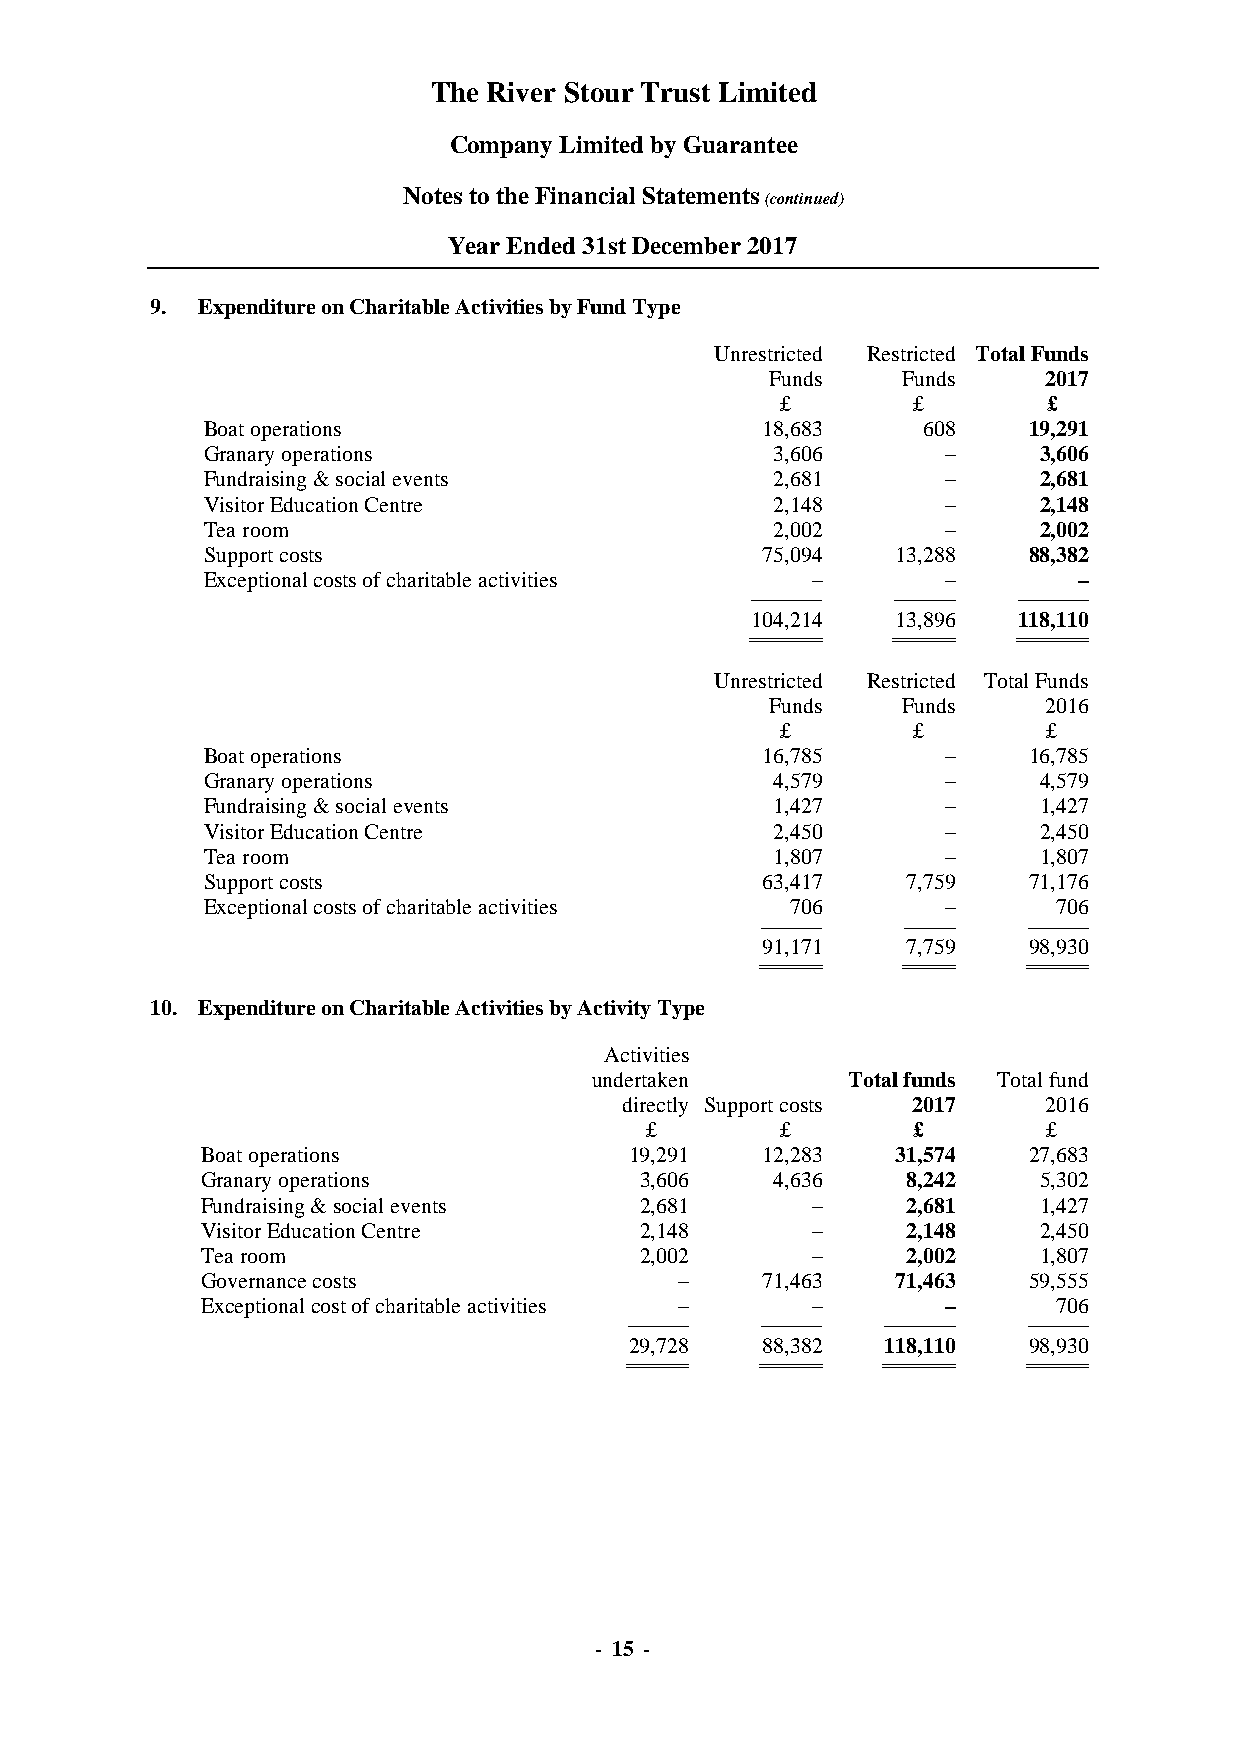
The River Stour Trust Limited
 Company Limited by Guarantee
 Notes to the Financial Statements
 (continued)
 Year Ended 31st December 2017
 9. Expenditure on Charitable Activities by Fund Type
 Unrestricted Restricted Total Funds
 Funds    Funds    2017
 £       £        £
 Boat operations                      18,683     608    19,291
 Granary operations                    3,606      –      3,606
 Fundraising & social events           2,681      –      2,681
 Visitor Education Centre              2,148      –      2,148
 Tea room                              2,002      –      2,002
 Support costs                        75,094   13,288   88,382
 Exceptional costs of charitable activities –     –        –
 ----------------------------------- ------------------------------ -----------------------------------
 104,214  13,896  118,110
 =================================== ============================== ===================================
 Unrestricted Restricted Total Funds
 Funds    Funds    2016
 £       £        £
 Boat operations                      16,785      –     16,785
 Granary operations                    4,579      –      4,579
 Fundraising & social events           1,427      –      1,427
 Visitor Education Centre              2,450      –      2,450
 Tea room                              1,807      –      1,807
 Support costs                        63,417    7,759   71,176
 Exceptional costs of charitable activities 706   –       706
 ------------------------------ ------------------------- ------------------------------
 91,171    7,759   98,930
 ============================== ========================= ==============================
 10. Expenditure on Charitable Activities by Activity Type
 Activities
 undertaken       Total funds Total fund
 directly Support costs 2017 2016
 £        £       £        £
 Boat operations              19,291  12,283   31,574   27,683
 Granary operations           3,606    4,636    8,242    5,302
 Fundraising & social events  2,681       –     2,681    1,427
 Visitor Education Centre     2,148       –     2,148    2,450
 Tea room                     2,002       –     2,002    1,807
 Governance costs                –    71,463   71,463   59,555
 Exceptional cost of charitable activities – –    –       706
 ------------------------------ ------------------------------ ----------------------------------- ------------------------------
 29,728  88,382   118,110  98,930
 ============================== ============================== =================================== ==============================
 - 15 -